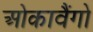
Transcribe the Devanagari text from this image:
ओकावैंगो